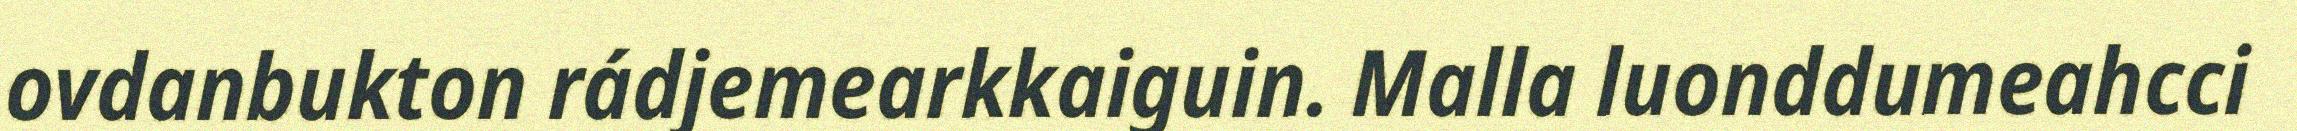
ovdanbukton rádjemearkkaiguin. Malla luonddumeahcci